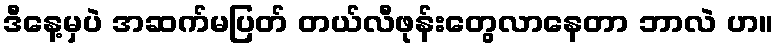
ဒီနေ့မှပဲ အဆက်မပြတ် တယ်လီဖုန်းတွေလာနေတာ ဘာလဲ ဟ။